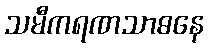
သမီကရဏသာဓနေ